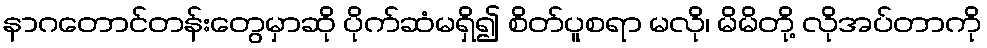
နာဂတောင်တန်းတွေမှာဆို ပိုက်ဆံမရှိ၍ စိတ်ပူစရာ မလို၊ မိမိတို့ လိုအပ်တာကို